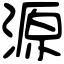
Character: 源